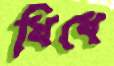
খিধে